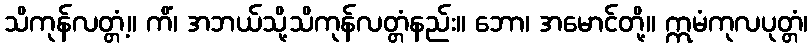
သိကုန်လတ္တံ့။ ကိံ၊ အဘယ်သို့သိကုန်လတ္တံနည်း။ ဘော၊ အမောင်တို့။ ဣမံကုလပုတ္တံ၊